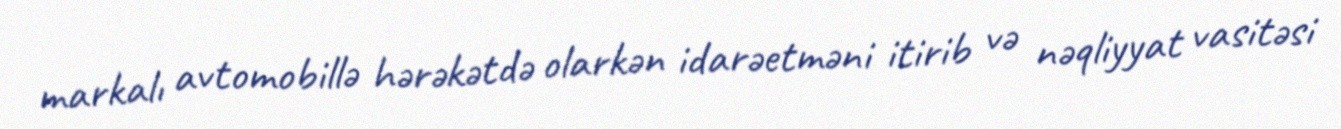
markalı avtomobillə hərəkətdə olarkən idarəetməni itirib və nəqliyyat vasitəsi